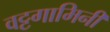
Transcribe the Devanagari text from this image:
वट्टगामिनी